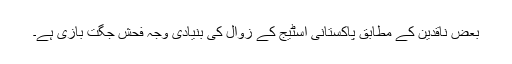
بعض ناقدین کے مطابق پاکستانی اسٹیج کے زوال کی بنیادی وجہ فحش جگت بازی ہے۔